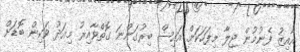
އާއިޒު ފެނުމުން ޖިލާ މިފަހަކަށް އައިސް ބިރުގަންނަ ގޮތްވާއިރު މިއަދު ވަކިން ބޮޑަށް